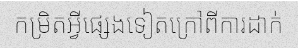
កម្រិតអ្វីផ្សេងទៀតក្រៅពីការដាក់